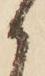
か